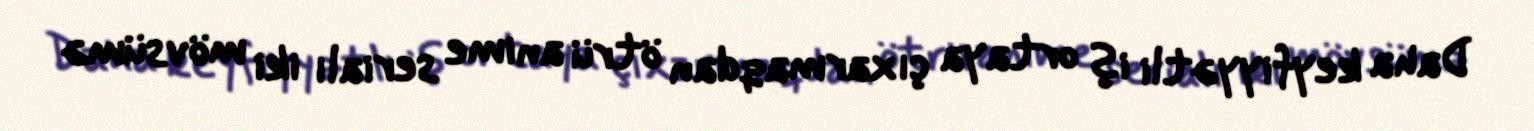
Daha keyfiyyətli iş ortaya çıxarmaqdan ötrü anime serialı iki mövsümə